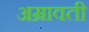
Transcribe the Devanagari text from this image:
अम्रावती